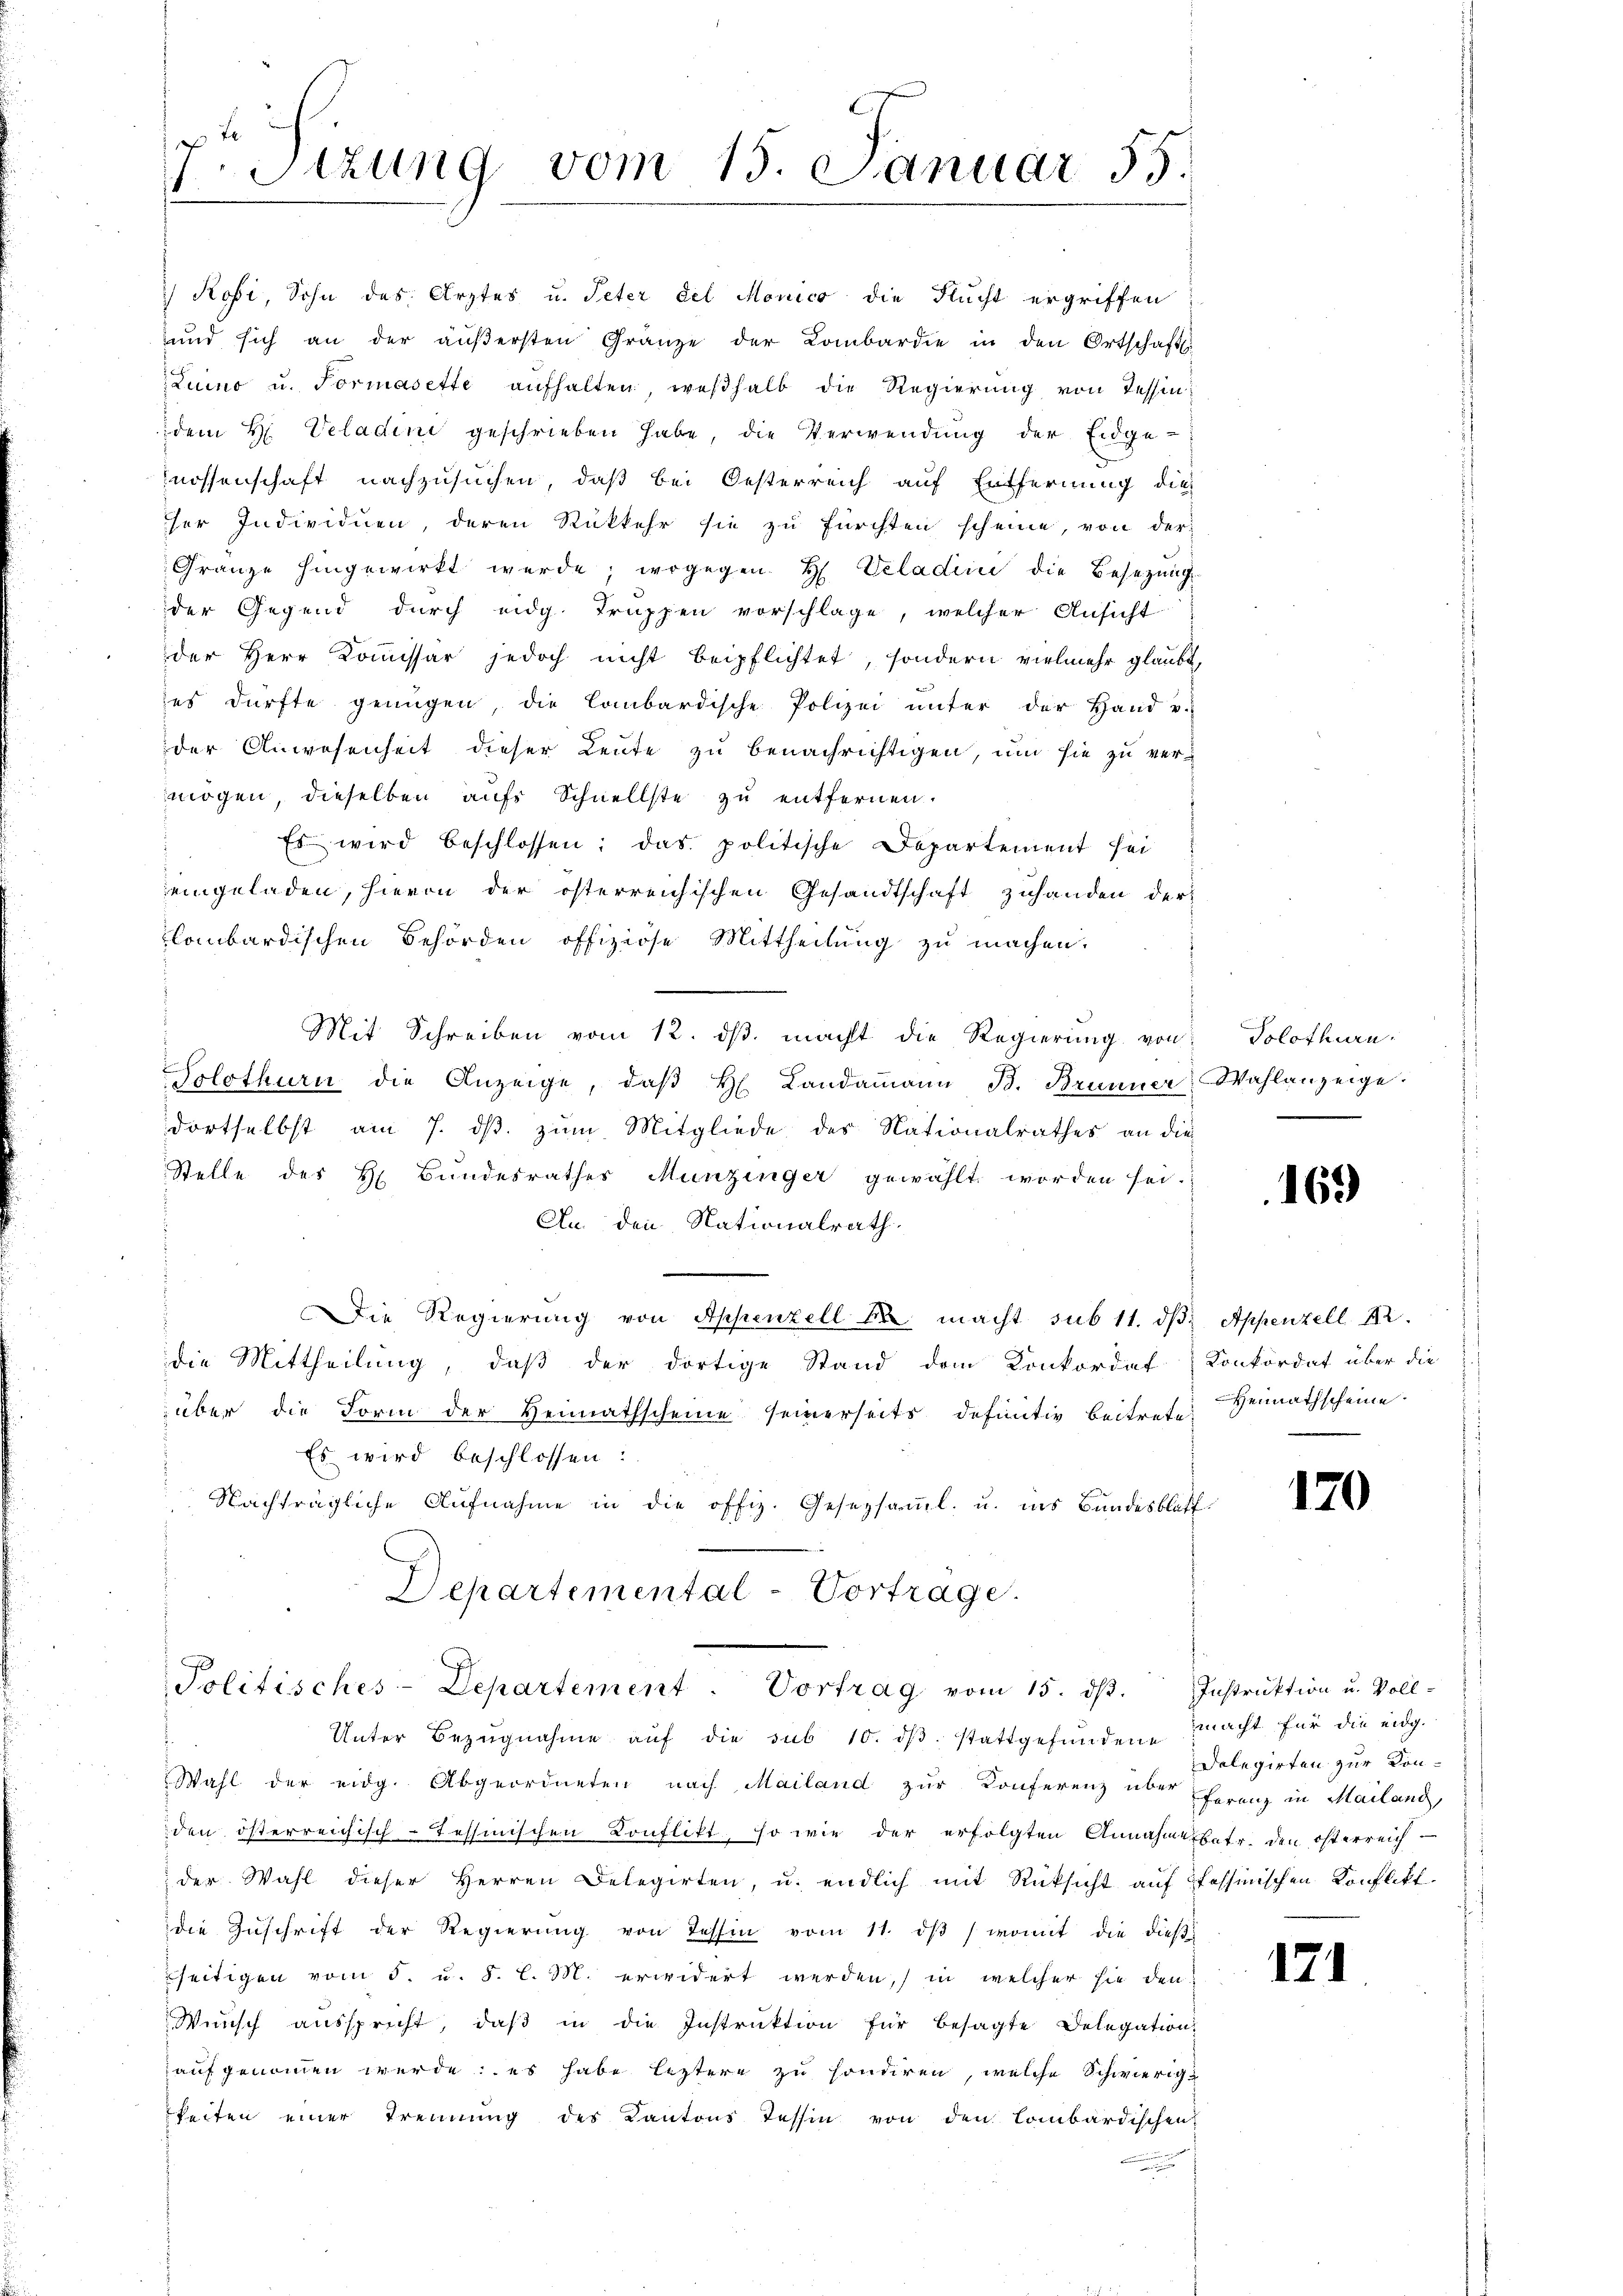
Sizung vom 15. Januar 55.

der Anwesenheit dieser Leute zu benachrichtigen, um sie zu vermögen, dieselben aufs Schnellste zu entfernen.
Es wird beschlossen; das politische Departement sei
eingeladen, hievon der österreichischen Gesandtschaft zuhanden der
lombardischen Behörden offiziöse Mittheilung zu machen.
Mit Schreiben vom 12. dβ macht die Regierung von Solothurn,
Solothurn die Anzeige, daβ H. Landammann B. Brunner Wahlanzeige.
dortselbst am 7. dβ zŭm Mitgliede des Nationalrathes an die
Stelle des H. Bundesrathes Munzinger gewählt worden sei.
An den Nationalrath,
Die Regierung von Appenzell er macht sub 11. dβ. Appenzell 12.
die Mittheilung, daß der dortige Stand dem Konkordat Konkordat über die
über die Form der Heimathscheine seinerseits definitiv beitrete. Heimathscheine
Es wird beschlossen:
Nachträgliche Aŭfnahme in die offiz. Gesetzsaṁl. u. ins Bundesblatt
Departemental-Vortrage.
Politisches-Departement. Vortrag vom 15. dβ. Instruktion u. Voll-
Unter Bezugnahme auf die sub 10. dβ. stattgefundene
Wahl der eidg. Abgeordneten nach Mailand zur Konferenz über Franz in Mailand,
den österreichisch-Tessinischen Konflikt, so wie der erfolgten Annahme betr. den österreich-
der Wahl dieser Herren Delegirten, u. endlich mit Rücksicht auf pfessinischen Konflikt
die Zuschrift der Regierŭng von Tessin vom 11. dβ / womit die dießseitigen vom 5. u. §. l. M. erwidert werden, in welcher sie den
Wünsch aŭsspricht, daβ in die Instruktion für besagte Delegation
aufgenommen werde; es habe leztere zu sondiren, welche Schwierig-
keiten einer Trennung des Kantons Tessin von den Lombardischen

Rofi, Sohn des Arztes u. Peter del Monico die Flucht ergriffen
und sich an der äŭβersten Gränze der Lombardie in den Ortschaftli
Luino u. Formasette aufhalten, weßhalb die Regierung von Tessin
dem H. Veladini geschrieben habe, die Verwendung der Eidge-
nossenschaft nachzusuchen, daß bei Oesterreich auf Entfernung dies
ser Individuen, deren Rückkehr sie zu fürchten scheine, von der
Gränze hingewirkt werde; wogegen H. Veladen die Besetzung
der Gegend durch eidg. Truppen vorschlage, welcher Ansicht
der Herr Kommissär jedoch nicht beipflichtet, sondern vielmehr glaubt,
es dürfte genügen, die Combardische Polizei ŭnter der Hand u.

169

A

170

macht für die eidg.
Delegirten zur Kon¬

171